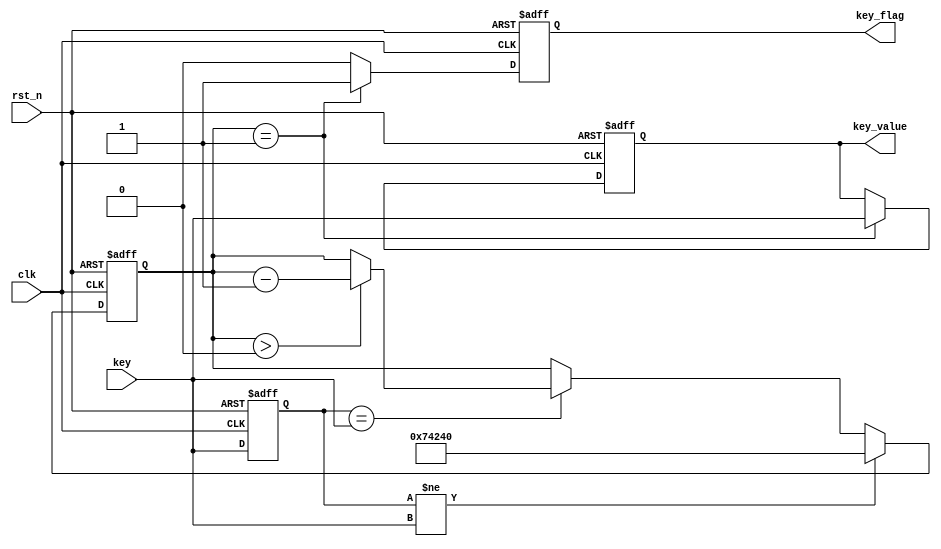
module Key_Debounced(clk,rst_n,key,key_flag,key_value);

input clk;//外部50MHz时钟
input rst_n;//外部复位信号，低有效
input[2:0]key;//外部按键输入，按下后为0电平
output reg key_flag;//按键数据有效信号，即表示延时结束，按键已稳定
output reg[2:0] key_value;

//reg define
reg[19:0] delay_cnt;//消抖延时的计数器
reg[2:0] key_reg;//按键值存储

always@(posedge clk or negedge rst_n)
begin
  if(!rst_n)
  begin
    key_reg<=3'b111;//按键值复位，全为1电平
	 delay_cnt<=19'd0;//计数器清零
  end
  else
  begin
    key_reg<=key;//非阻塞赋值，因此下行if判断中的key_reg仍为前一次的数据，而非此次的key
	 if(key_reg!=key)//一旦检测到按键状态发生变化（有按键被按下即释放）
	   delay_cnt<=19'd1_000_000;//给延时计数器重新装载初始值（计数时间20ms）
		else if(key_reg==key)
		begin//在按键状态稳定时，计数器递减，开始20ms倒计时
		  if(delay_cnt>19'd0)
		    delay_cnt<=delay_cnt-1'b1;
		  else
		    delay_cnt<=delay_cnt;
		end
	end
end

always@(posedge clk or negedge rst_n)
  begin
    if(!rst_n)
	 begin
	   key_flag<=1'b0;
		key_value<=3'b111;
	 end
	 else
	 begin
	   if(delay_cnt==19'd1)//减到1而不是0的原因是：复位情况和无按键按下时按下时cnt恒为0，则key_flag会一直为1
	     begin
		    key_flag<=1'b1;//此时消抖过程结束，给出一个时钟周期的标志信号
			 key_value<=key;//并寄存到此时按键的数值
		  end
		  else
		  begin
		    key_flag<=1'b0;//延时未到，不给出有效信号
			 key_value<=key_value;
		  end
	end
end

endmodule